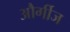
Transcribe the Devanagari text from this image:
और्गीज